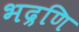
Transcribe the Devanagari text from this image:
भद्रणि